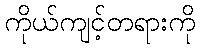
ကိုယ်ကျင့်တရားကို